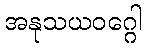
အနုသယဝဂ္ဂေါ